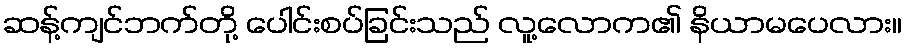
ဆန့်ကျင်ဘက်တို့ ပေါင်းစပ်ခြင်းသည် လူ့လောက၏ နိယာမပေလား။